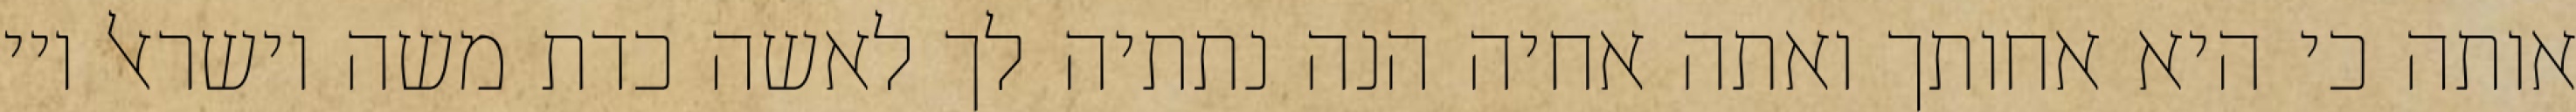
אותה כי היא אחותך ואתה אחיה הנה נתתיה לך לאשה כדת משה וישראל ויי